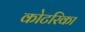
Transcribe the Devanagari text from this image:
कोटरिका